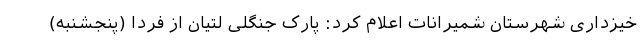
خیزداری شهرستان شمیرانات اعلام کرد: پارک جنگلی لتیان از فردا (پنجشنبه)